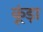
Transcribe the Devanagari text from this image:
कूंड़ा